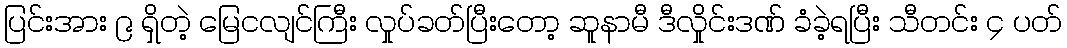
ပြင်းအား ၉ ရှိတဲ့ မြေငလျင်ကြီး လှုပ်ခတ်ပြီးတော့ ဆူနာမီ ဒီလှိုင်းဒဏ် ခံခဲ့ရပြီး သီတင်း ၄ ပတ်